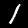
Label: 1